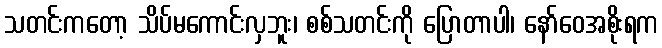
သတင်းကတော့ သိပ်မကောင်းလှဘူး၊ စစ်သတင်းကို ပြောတာပါ၊ နော်ဝေအစိုးရက